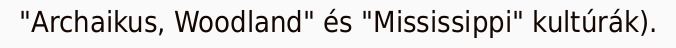
"Archaikus, Woodland" és "Mississippi" kultúrák).